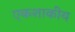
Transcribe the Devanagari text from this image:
एकशाकीय